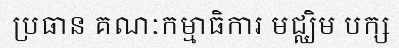
ប្រធាន គណៈកម្មាធិការ មជ្ឈិម បក្ស